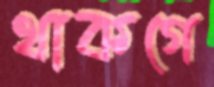
থাকগে